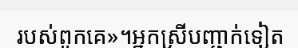
របស់ពួកគេ»។អ្នកស្រីបញ្ជាក់ទៀត